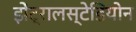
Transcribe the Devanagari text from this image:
झेंट्रालस्टेडियोन